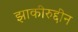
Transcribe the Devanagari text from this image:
झाकीरुद्दीन